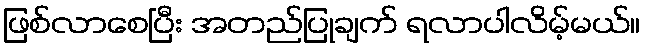
ဖြစ်လာစေပြီး အတည်ပြုချက် ရလာပါလိမ့်မယ်။